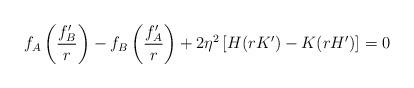
LaTeX: \begin{align*}f_A\left(\frac{f_B^{\prime}}{r}\right)-f_B\left(\frac{f_A^{\prime}}{r}\right)+2\eta^2\left[H(r K^{\prime})-K(r H^{\prime})\right] = 0\end{align*}